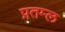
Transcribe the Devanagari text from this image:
प्रतम्ल